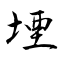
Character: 堙